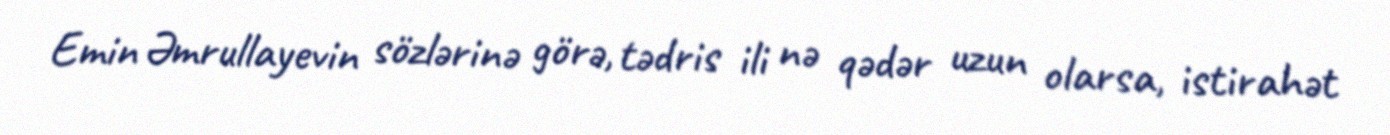
Emin Əmrullayevin sözlərinə görə, tədris ili nə qədər uzun olarsa, istirahət